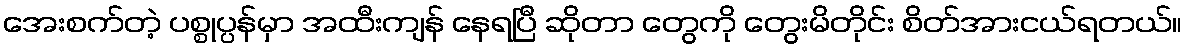
အေးစက်တဲ့ ပစ္စုပ္ပန်မှာ အထီးကျန် နေရပြီ ဆိုတာ တွေကို တွေးမိတိုင်း စိတ်အားငယ်ရတယ်။